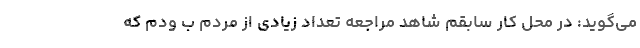
می‌گوید: در محل کار سابقم شاهد مراجعه تعداد زیادی از مردم ب ودم که